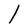
Character: l